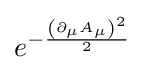
e^{-{\frac {\left(\partial _{\mu }A_{\mu }\right)^{2}}{2}}}